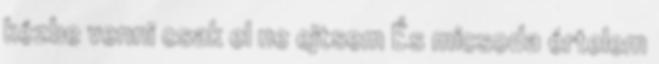
kézbe venni csak el ne ejtsem És micsoda értelem